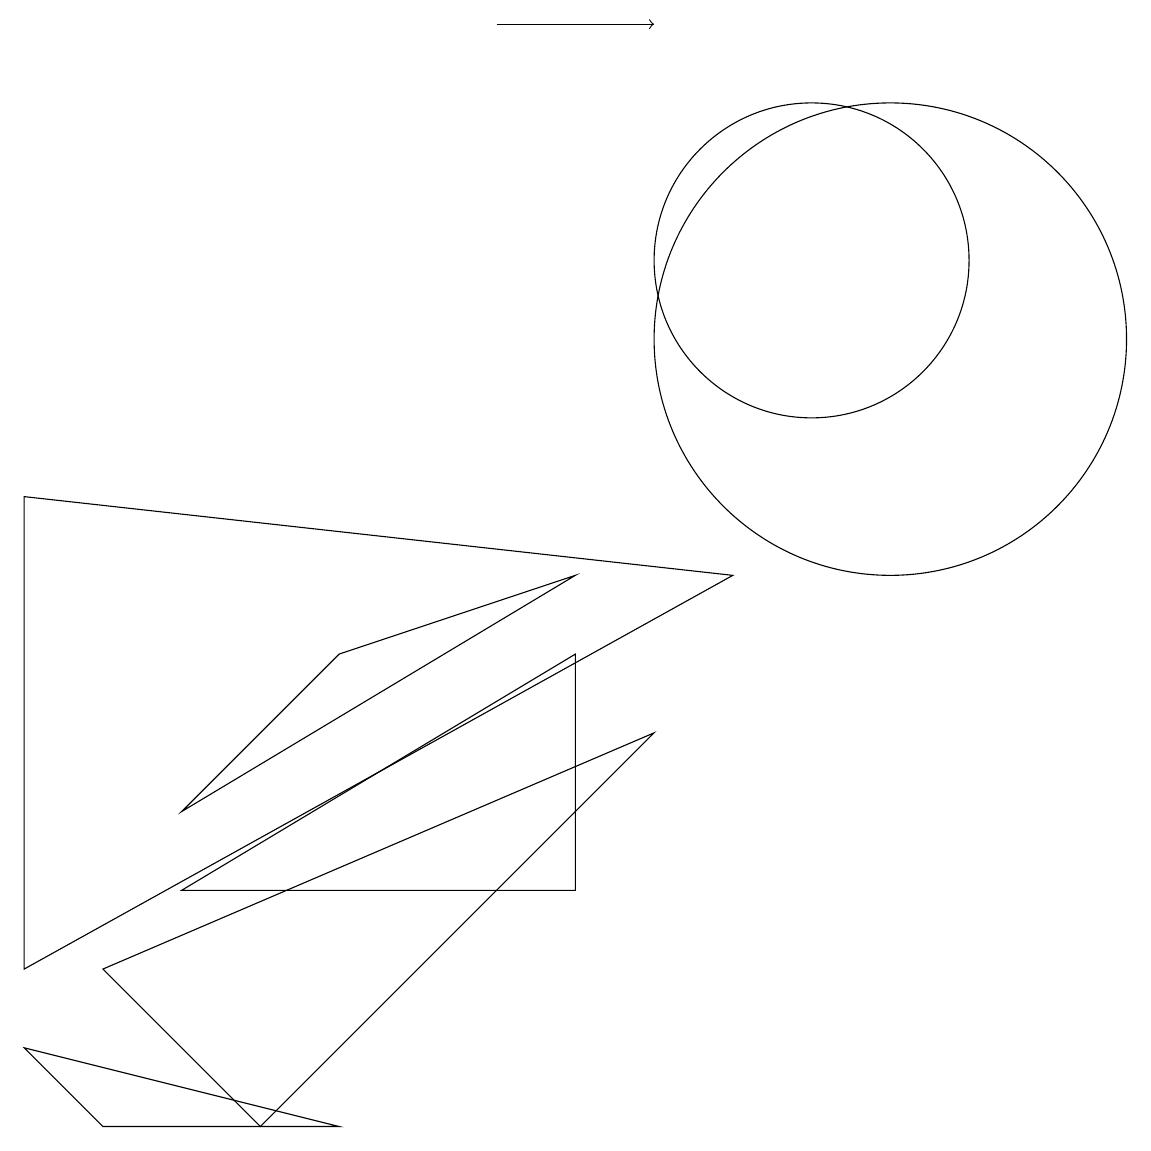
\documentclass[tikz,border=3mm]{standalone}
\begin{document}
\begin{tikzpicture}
\draw (2,4) -- (7,7) -- (4,6) -- cycle;
\draw (11,10) circle (3);
\draw (1,0) -- (0,1) -- (4,0) -- cycle;
\draw (0,2) -- (0,8) -- (9,7) -- cycle;
\draw (10,11) circle (2);
\draw[->] (6,14) -- (8,14);
\draw (7,3) -- (7,6) -- (2,3) -- cycle;
\draw (8,5) -- (1,2) -- (3,0) -- cycle;
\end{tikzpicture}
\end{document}